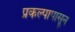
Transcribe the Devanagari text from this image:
प्रकल्पापासून